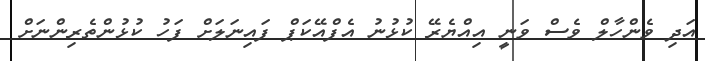
އަދި ވެންހާލް ވެސް ވަނީ އިއްޔެރޭ ކުޅުނު އެފްއޭކަޕް ފައިނަލަށް ފަހު ކުޅުންތެރިންނަށް